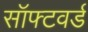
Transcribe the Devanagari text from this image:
सॉफ्टवर्ड